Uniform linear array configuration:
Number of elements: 48
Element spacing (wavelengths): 1
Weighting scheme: cosine
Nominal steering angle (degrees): -15
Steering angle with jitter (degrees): -16.445
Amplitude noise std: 0.05
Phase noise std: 0.05

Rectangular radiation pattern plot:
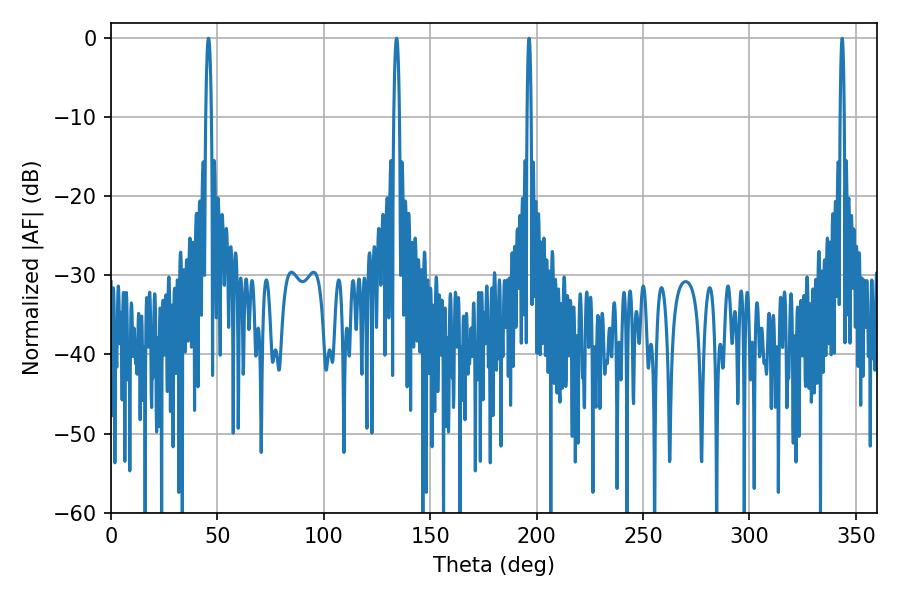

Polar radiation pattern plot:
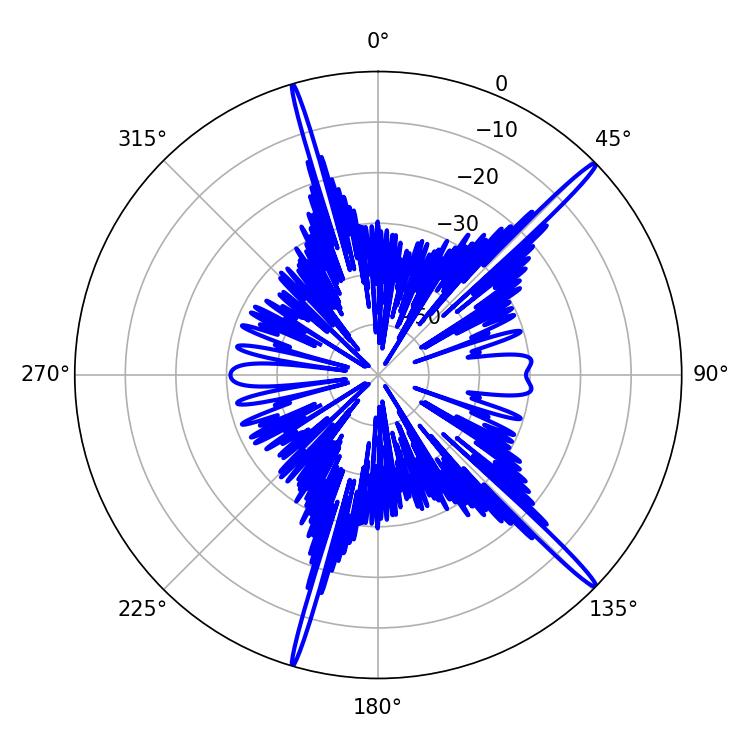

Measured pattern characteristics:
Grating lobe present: TRUE
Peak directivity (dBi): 18.083
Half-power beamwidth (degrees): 0.9
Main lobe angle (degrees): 196.38